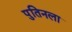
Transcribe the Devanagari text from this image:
पुतिनला